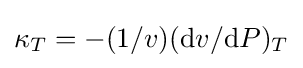
\kappa _{T}=-(1/v)(\mathrm {d} v/\mathrm {d} P)_{T}